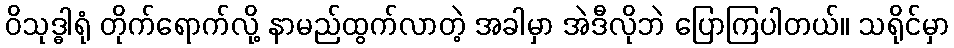
ဝိသုဒ္ဓါရုံ တိုက်ရောက်လို့ နာမည်ထွက်လာတဲ့ အခါမှာ အဲဒီလိုဘဲ ပြောကြပါတယ်။ သရိုင်မှာ